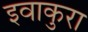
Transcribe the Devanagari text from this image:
इवाकुरा